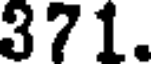
371.